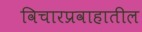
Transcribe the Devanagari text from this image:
विचारप्रवाहातील